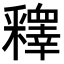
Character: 𨤟